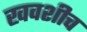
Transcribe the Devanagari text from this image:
खवशीच